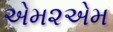
એમ૨એમ